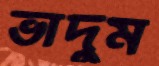
ভাদুম